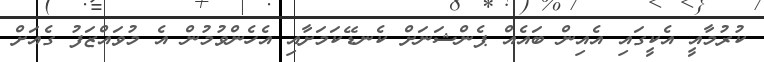
ކުރުމާއީ އެކީގައި އެއިން ބައެއް ޕެންޝަނަށް ކެނޑޭކަމަށާއި އެހެންވުމުން އެ މުވައްޒަފު ގެއަށް